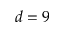
d = 9